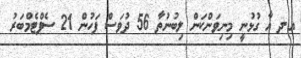
އ.ދ އާ ގުޅުނީ މިނިވަންކަން ލިބުނުތާ 56 ދުވަސް ފަހުން 21 ސެޕްޓެމްބަރު